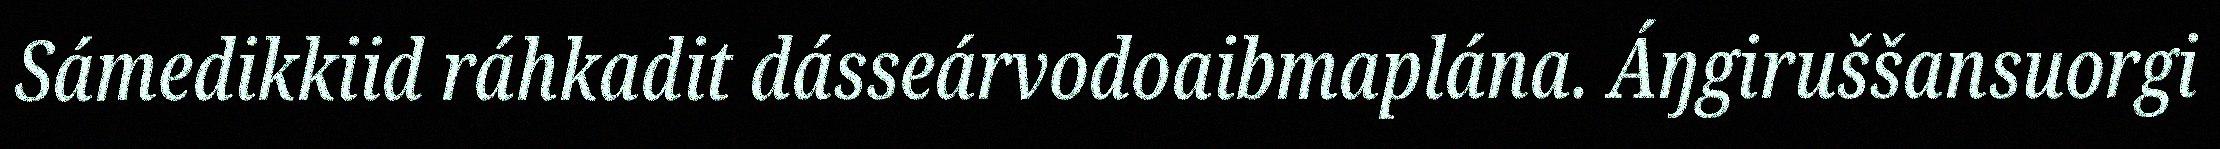
Sámedikkiid ráhkadit dásseárvodoaibmaplána. Áŋgiruššansuorgi